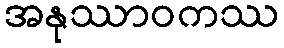
အနုဿာဝကဿ